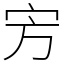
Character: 㝑